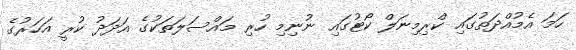
ހަމަ އެމުއްދަތުގައި ކްރިމިނަލް ކޯޓުގައި ނުނިމި ހުރި މައްސަލަތަކުގެ އަދަދު ކުރީ އަހަރުގެ